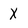
Character: X